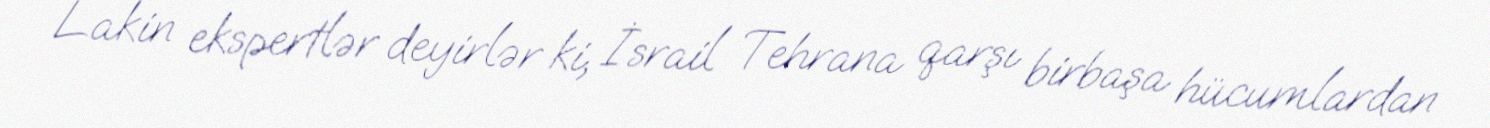
Lakin ekspertlər deyirlər ki, İsrail Tehrana qarşı birbaşa hücumlardan